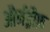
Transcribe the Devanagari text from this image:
और्नड्रौफ़